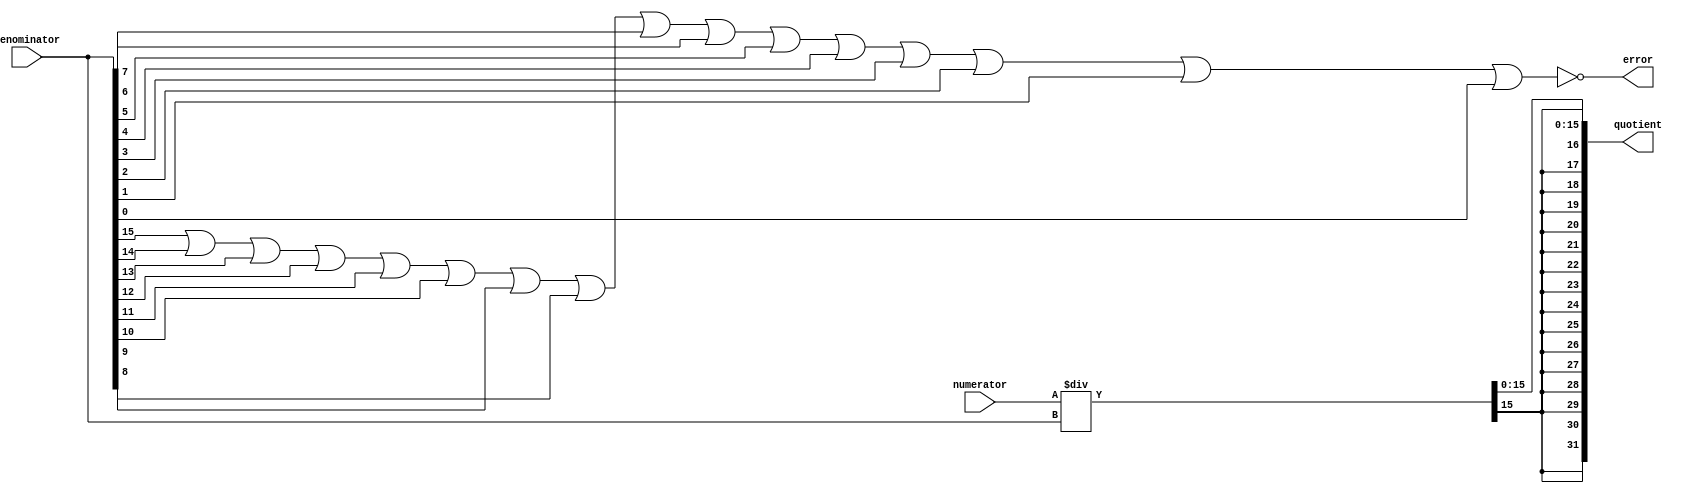
//-------------------------------------------------
//
// Sample Behavioral Divider with padded 4 bits.
// Eric William Becker
// September 25, 2022
//
// For my students this semester.
//
//-------------------------------------------------


module SixTeenBitDivision(numerator,denominator,quotient,error);
input [15:0] numerator;
input [15:0] denominator;
output [31:0] quotient;
output error;

wire [15:0] numerator;
wire [15:0] denominator;
reg [31:0] quotient;
reg error;

always @(numerator,denominator)
begin
quotient = numerator/denominator;
quotient[16] = quotient[15];
quotient[17] = quotient[15];
quotient[18] = quotient[15];
quotient[19] = quotient[15];
quotient[20] = quotient[15];
quotient[21] = quotient[15];
quotient[22] = quotient[15];
quotient[23] = quotient[15];
quotient[24] = quotient[15];
quotient[25] = quotient[15];
quotient[26] = quotient[15];
quotient[27] = quotient[15];
quotient[28] = quotient[15];
quotient[29] = quotient[15];
quotient[30] = quotient[15];
quotient[31] = quotient[15];
error = ~(
	denominator[15]|denominator[14]|denominator[13]|denominator[12]|
	denominator[11]|denominator[10]|denominator[9]|denominator[8]|
	denominator[7]|denominator[6]|denominator[5]|denominator[4]|
	denominator[3]|denominator[2]|denominator[1]|denominator[0]
);
end

endmodule



// module testbench();

// reg [15:0]inputA;
// reg [15:0]inputB;
// wire [31:0] quotient;
// wire error;

// FourBitDivision D40(inputB,inputA,quotient,error);

// initial begin
// 	inputB=16'b1111111111111111;
// 	inputA=16'b0000000000000010;
// 	#60;
// 	$display("%d,%d,%d,%d",inputB,inputA,quotient,error);

// 	inputB=16'b1111111111111111;
// 	inputA=16'b0000000000000000;
// 	#60;
// 	$display("%d,%d,%d,%d",inputB,inputA,quotient,error);
// end
// endmodule